Report on sanitation, dispensaries, and jails in Rajputana for 1921, and on vaccination for the year 1921-1922 - 1921-1922
Year: 1921
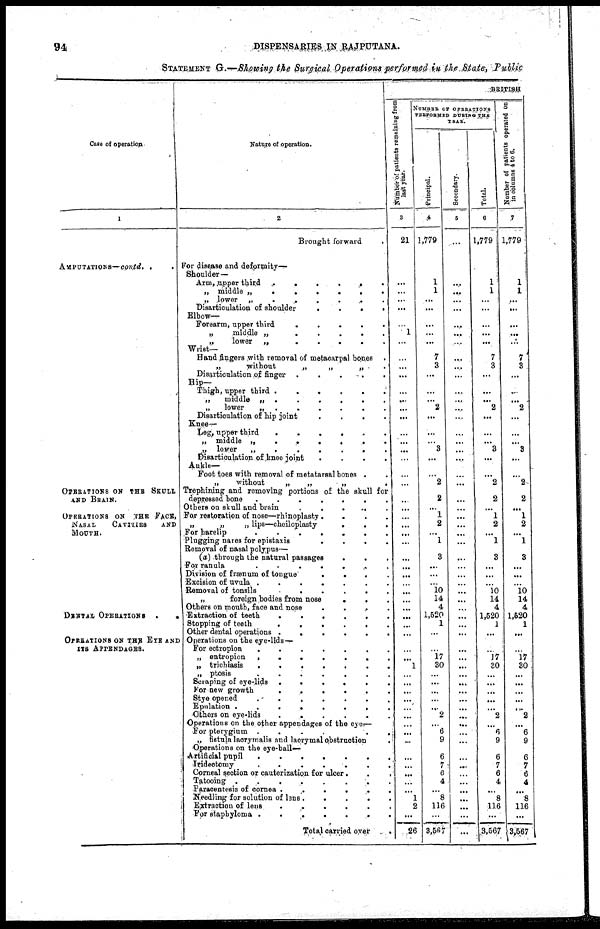
94
DISPENSARIES IN
RAJPUTANA.
STATEMENT G.—Showing the Surgical Operations performed in the Statee, Public
Case of operation.
1
AMPUTATIONS— contd...
OPERATIONS ON THE SKULL
AND BRAIN.
OPERATIONS ON THE FACE,
NASAL
CAVITIES AND
MOUTH.
DENTAL
OPERATIONS..
OPERATIONS ON THE
EYE AND
ITS APPENDAGES.
Nature of operation.
2
Brought forward
.
For disease and deformity—
Shoulder—
Arm,upper third .....
„ middle „
.
.
.
.
.
„ lower „
. . . . .
Disarticulation of shoulder
....
Elbow—
Forearm, upper third
......
„
middle „
.
.
.
.
.
„
lower „
.....
Wrist—
Hand.fingers with removal of metacarpal bones .
„without„ „ „ ..
Disarticulation of
finger
....
Hip—
Thigh, upper third
......
„
middle „
.
.
.
.
„
lower„......
Disarticulation of hip joint
.
.
.
.
Knee—
Leg, upper third
......
„ middle
„
.....
„ lower
„
...
Disarticulation of,knee joint
.
.
.
.
Ankle—
Foot toes with removal of metatarsal bones ..
„
without
„
„
„
.
Trephining and removing portions of the skull for
depressed
bone.......
Others on skull and brain
......
For restoration of nose—rhinoplasty .
.
.
.
„
„
„ lips—cheiloplasty
...
For harelip
......
Plugging nares for epistaxis
.
.
.
.
Removal of nasal polypus—
(a) through the natural passages
...
For ranula
........
Division of frænum of tongue
.
.
.
.
Excision of uvula
.......
Removal of tonsils
......
„
foreign bodies from nose....
Others on mouth, face and nose
.
.
.
.
.
Extraction of teeth
......
Stopping of teeth
Other dental operations
......
Operations on the eye-lids—
For ectropion
.......
„ entropion
.......
„ trichiasis
.......
„ ptosis
.......
Scraping of eye-lids
......
For new growth
...........
Stye opened
......
Epulation.......
Others on eye-lids
........
Operations on the other appendages of the eye—
For pterygium
......
„ fistula laorymalis and laorymal obstruction
.
Operations on the eye-ball—
Artificial pupil
.......
Iridectomy
......
Corneal section or cauterization for ulcer
...
Tatooing
......
Paracentesis of cornea
........
Needling for solution of leus .
.
.
.
.
Extraction of lens
......
For staphyloma
.......
Total carried
over.
BRITISH
Number of patients remaining from
last year.
3
21
...
...
...
...
...
1
...
...
...
...
...
...
...
...
...
...
...
...
... ...
...
...
...
...
...
...
...
...
...
...
...
...
...
...
...
...
...
...
...
1
...
...
...
...
...
...
...
...
...
...
...
...
...
...
...
1
2
...
26
NUMBER OF OPERATION
PERFORMED DURING THE YEAR
Principal.
4
1,779
1
1
...
...
...
...
...
7
3
...
...
...
2
...
...
...
3
...
... ...
2
2
...
1
2
...
1
3
...
...
...
10
14
4
1,520
1
...
...
17
30
...
...
...
...
...
2
...
6
9
...
6
7
6
4
...
8
116
...
3,567
Secondary.
5
...
...
...
...
...
...
...
...
...
....
...
...
...
...
...
....
...
...
....
... ...
...
...
...
...
...
...
...
...
...
...
...
...
...
...
...
...
...
...
...
...
...
...
...
...
...
...
...
...
...
...
...
...
...
...
...
...
...
...
...
Total.
6
1,779
1
1
...
...
...
...
...
7
3
...
...
...
2
...
...
...
3
...
... ...
2
2
...
1
2
...
1
3
...
...
...
10
14
4
1,520
1
...
...
...
30
...
...
...
...
...
2
...
6
9
...
6
7
6
4
...
8
116
...
3,567
Number of patients operated on
in columns 4 to 6.
7
1,779
1
1
...
...
...
...
...
7
3
...
...
...
2
...
...
...
3
...
...
...
2
2
...
1
2
...
1
3
...
...
...
10
14
4
1,520
1
...
...
17
30
...
...
...
...
...
2
...
6
9
...
6
7
6
4
...
8
116
...
3,567